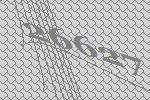
26627